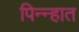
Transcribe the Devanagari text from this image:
पिन्न्हात